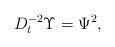
LaTeX: \begin{align*} D^{-2}_{t}\Upsilon =\Psi^2,\end{align*}